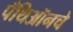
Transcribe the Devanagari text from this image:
पँथिऑनचे